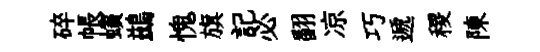
碎帳蠙鷀愧旗記必翻凉巧遞稷陳